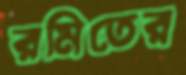
রমিতের